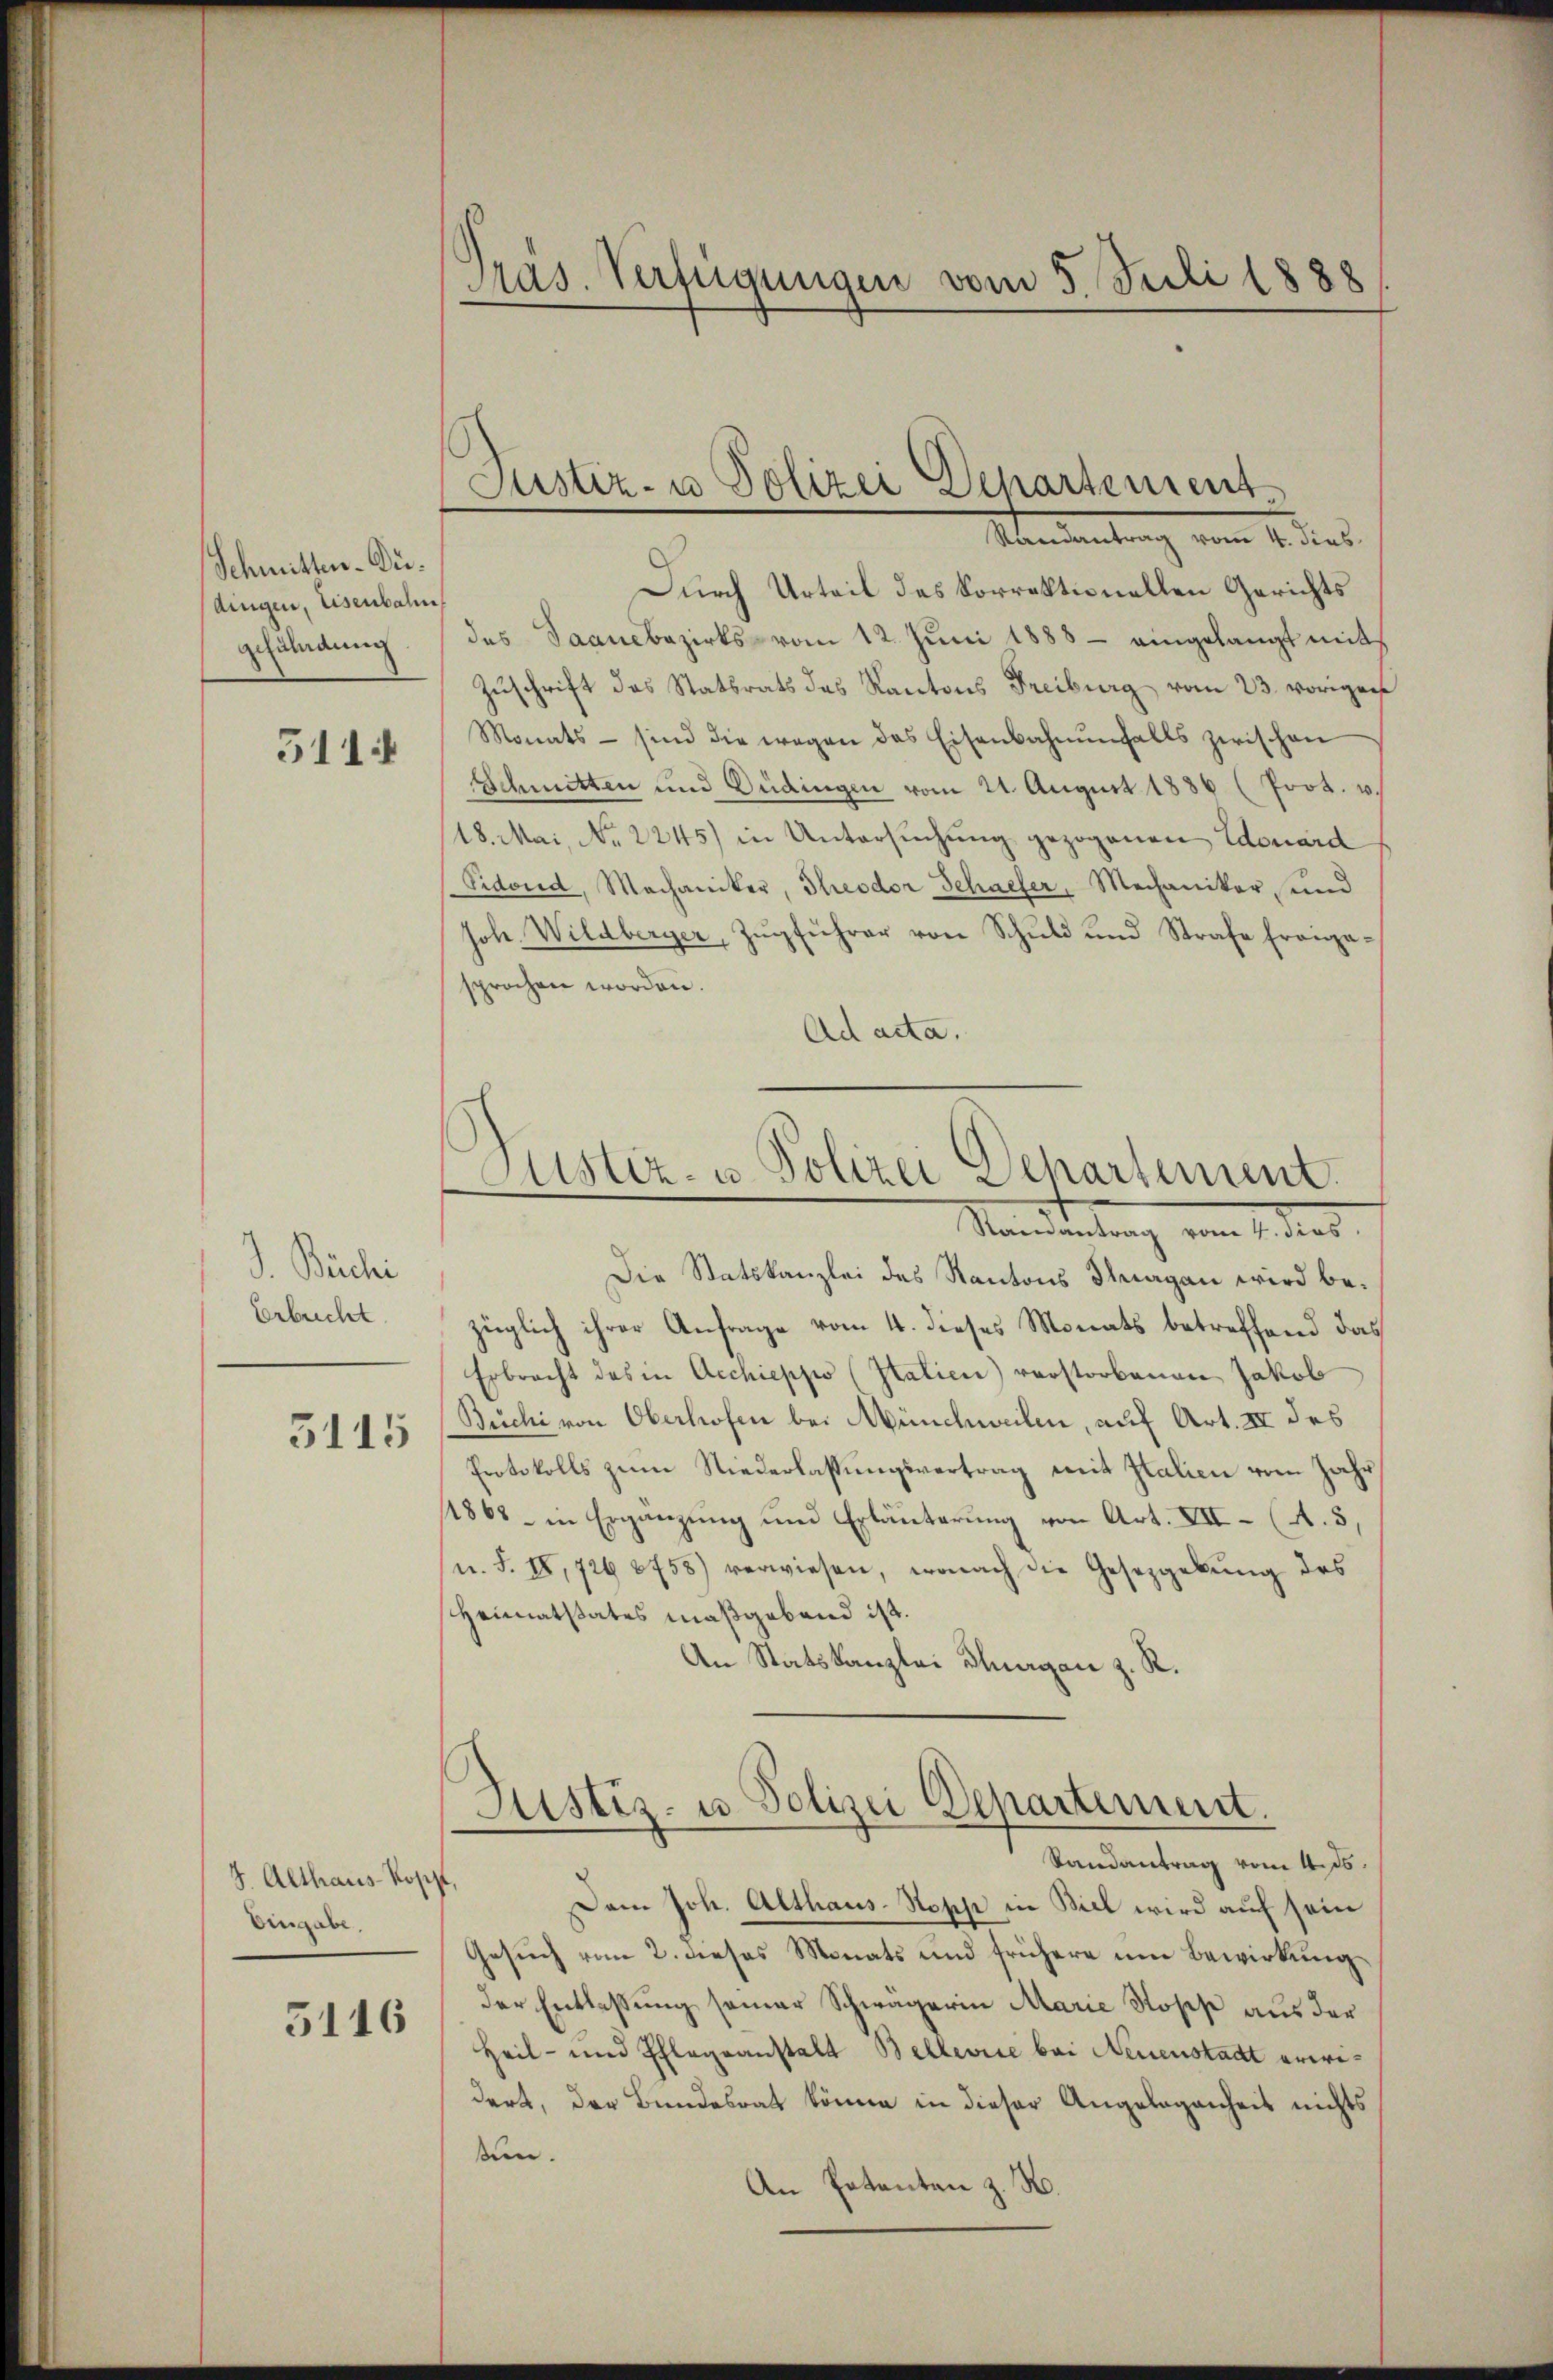
Schmitten-Düdingen, Eisenbahn
Gefändung

511.

J. Büchi
Erbucht
5115

S. Althaus Kopp,
Eingabe,

5116

Pras. Verfügungen vom 5 Juli 1888

Durch Urteil des korrektionellen Gerichts
des Saanebezirks vom 12. Juni 1888 - eingelangt mit
Zŭschrift des Statsrats das Kantons Freiburg vom 23. vorigen
Monats - sind die wegen des Eisenbahnŭnfalls zwischen
Schmitten und Düdingen vom 21. August 1886 (Prot. u.
18. Mai, No. 2245) in Untersuchung gezogenen Edouard
Pidond, Mechaniker, Theodor Schaeler, Mechaniker, und
Joh. Wildberger, Zŭgführer von Schuld und Strafe Franza-
sprochen worden.
Ad acta.

Justiz- u Polizei Departement
Randantrag vom 4. dies

Justiz- u. Polizei Departement

Randantrag vom 4. dies
Die Statskanzlei des Kantons Thurgan wird bezüglich ihrer Anfrage vom 4. dieses Monats betreffend das
Erbracht das in Archieppo (Italien) verstorbenen Jakob
Büchi von Oberhofen bei Münchweilen, auf Art. III des
Protokolls zum Niederlassungsvertrag mit Italien vom Jahr
1868 in Ergänzung und Erläuterung von Art. VII (A. 3,
u. F. IV, 726 8758) verwiesen, wonach die Gesetzgebung des
Heimatstates maßgeband ist.
An Statskanzlei Thurgan z. R.

Dem Joh. Althaus-Sopp in Biel wird auf sein
Gesuch vom 2. dieses Monats und frühere um Bewirkung
der Entlaßung seiner Schwägerin Marie Roses aus der
Heil- und Schlageanstalt Bellerie bei Neuenstadt erwidert, der Bundesrat könne in dieser Angelegenheit nichts
sen.
An Patenten z. B.

Justiz- u. Polizei Departement.
Randantrag vom 4. 15.